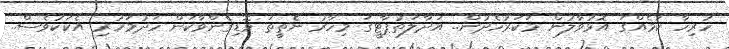
ހުރިހާ ކަމެއްގަ އޮޅުވާލުން މަކަރުހެދުން.. އަދާލަތުޕާޓީގަ މިހާރު ނެތީތަ ވޮޑިގެންވާކަން ހަދުމަހުރި އެކަކުވެސް..